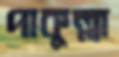
পাকুল্লা